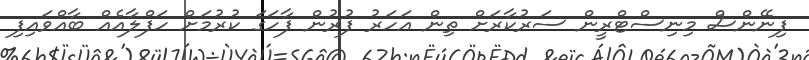
ފިނޭންސް މިނިސްޓްރީން ސަރުކާރަށް ތިން އަހަރު ފުރުން ފާހަގަ ކުރުމަށް ހަފްލާއެއް ބާއްވައިފި